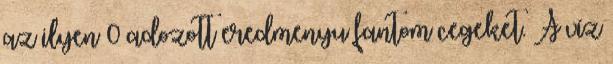
az ilyen 0 adozott eredmenyu fantom cegeket. A víz